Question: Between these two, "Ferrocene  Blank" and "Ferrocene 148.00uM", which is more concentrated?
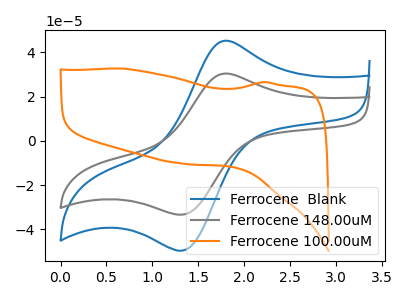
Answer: <think>The blue curve "Ferrocene  Blank" has an anodic peak at (1.80V, 45.30uA) and a cathodic peak at (1.35V, -49.25uA). The gray curve "Ferrocene 148.00uM" has an anodic peak at (1.80V, 30.45uA) and a cathodic peak at (1.35V, -33.10uA). The orange curve "Ferrocene 100.00uM" has no peaks.
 All the peaks in "Ferrocene  Blank" have a peak in "Ferrocene 148.00uM" at the same potential. Every peak in "Ferrocene  Blank" is higher than every peak in "Ferrocene 148.00uM".</think>
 <answer>"Ferrocene  Blank" has more signal than "Ferrocene 148.00uM" and so likely has a higher concentration.</answer>
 <eval>more_concentration</eval>